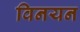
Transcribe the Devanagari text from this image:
विनयन